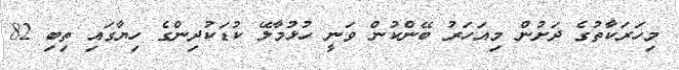
މިހަރަކާތުގެ ދަށުން މިއަހަރު ބޭންކުން ވަނީ ހުޅުމާލޭ ކުޑަކުދިންގެ ހިޔާގައި ތިބި 82